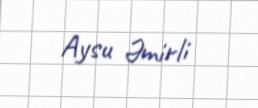
Aysu Əmirli